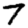
Digit: 7